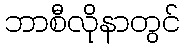
ဘာစီလိုနာတွင်